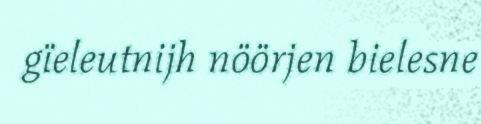
gïeleutnijh nöörjen bielesne